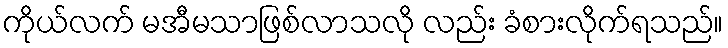
ကိုယ်လက် မအီမသာဖြစ်လာသလို လည်း ခံစားလိုက်ရသည်။